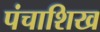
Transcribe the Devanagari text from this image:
पंचाशिख